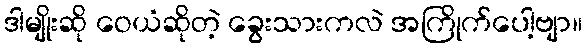
ဒါမျိုးဆို ဝေယံဆိုတဲ့ ခွေးသားကလဲ အကြိုက်ပေါ့ဗျာ။